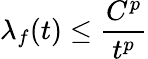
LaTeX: \lambda_{f}(t)\leq{\frac{C^{p}}{t^{p}}}